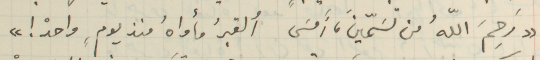
"رَحِمَ اللهُ من تسَمّينَ، أَمسَى ألقبرُ مأواهُ منذ يومٍ، واحدْ !"